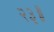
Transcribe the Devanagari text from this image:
२३॥